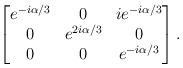
LaTeX: \begin{align*}\begin{bmatrix} e^{-i\alpha/3} & 0 & ie^{-i\alpha/3}\\ 0 & e^{2i\alpha/3} & 0\\0 & 0 & e^{-i\alpha/3}\end{bmatrix}.\end{align*}